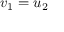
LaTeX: \ v _ { 1 } = u _ { 2 }